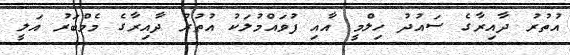
އުތުރު ދާއިރާގެ ސައުދު ހިލްމީ އާއި ފުވައްމުލަކު އުތުރު ދާއިރާގެ މެމްބަރު އަލީ